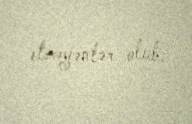
etməyənlər olub.